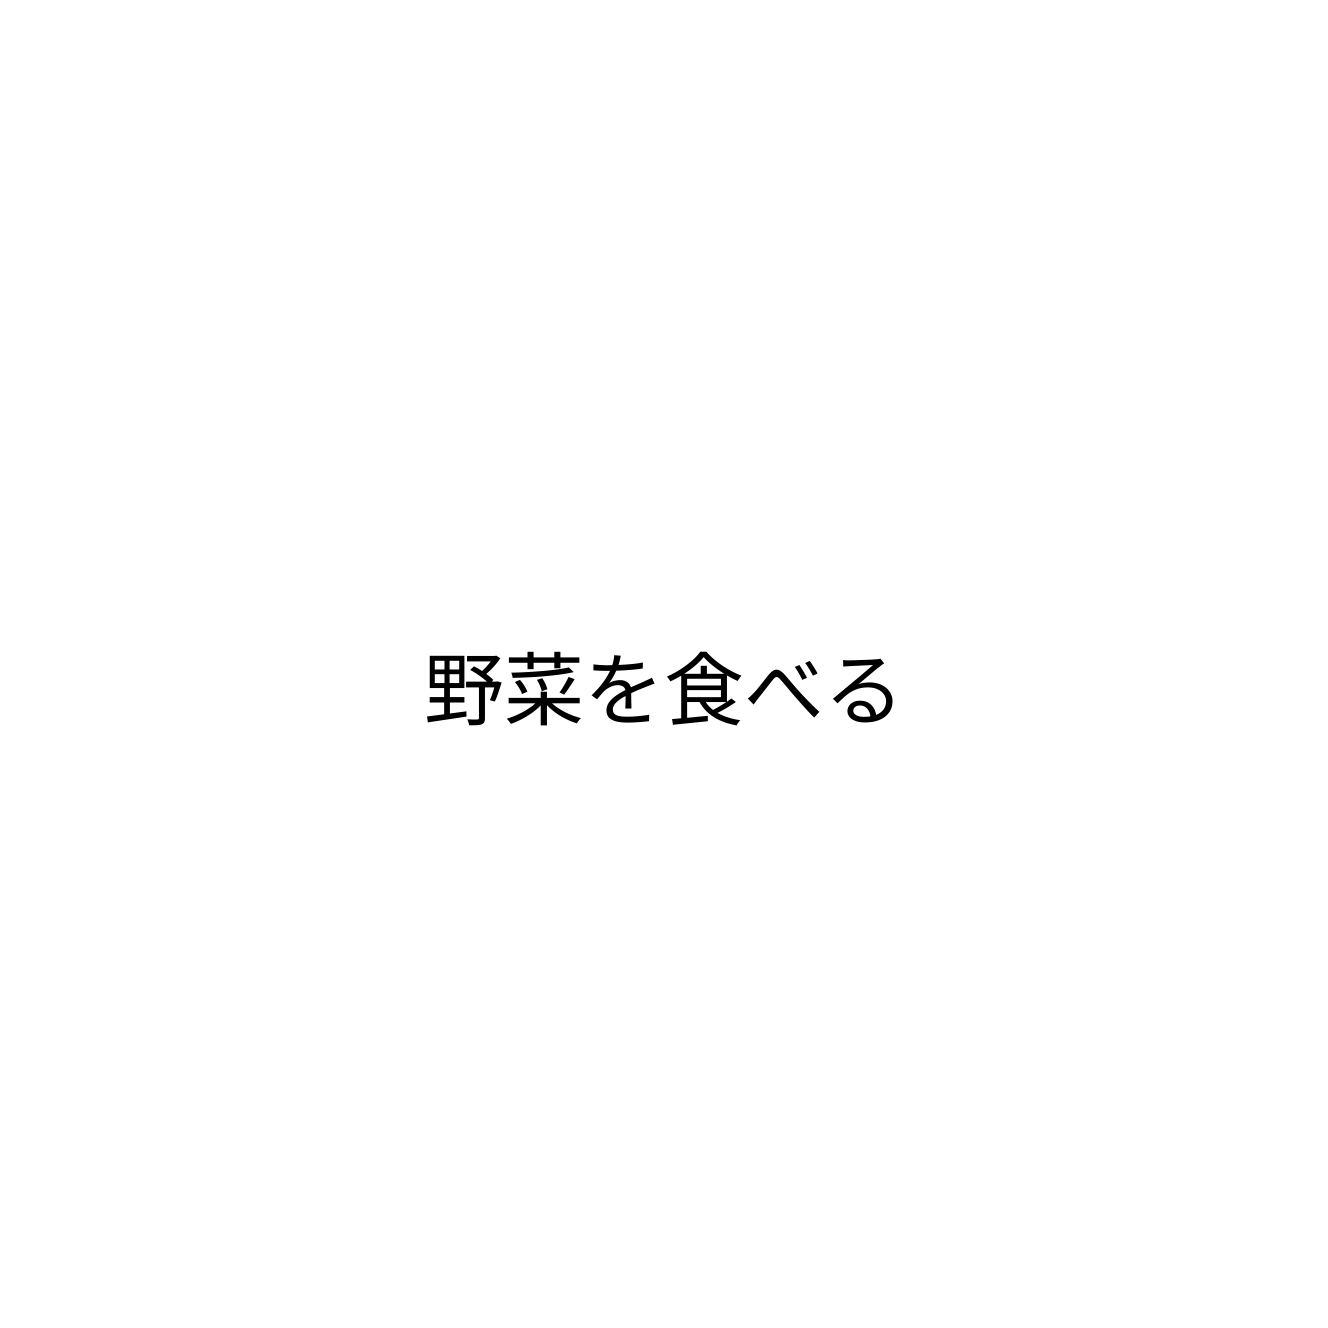
野菜を食べる